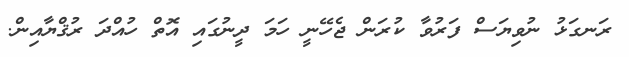
ރަނގަޅު ނުވިޔަސް ފަރުވާ ކުރަން ޖެހޭނީ ހަމަ ދީނުގައި އޮތް ހުއްދަ ރުޤްޔާއިން.